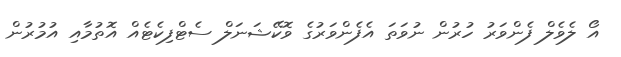
އޯ ލެވެލް ފެންވަރު ހުރުން ނުވަތަ އެފެންވަރުގެ ވޮކޭޝަނަލް ސެޓްފިކެޓެއް އޮތުމާއި އުމުރުން